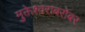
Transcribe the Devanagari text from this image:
मुक्तेश्वराबरोबर